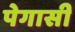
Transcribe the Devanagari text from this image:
पेगासी